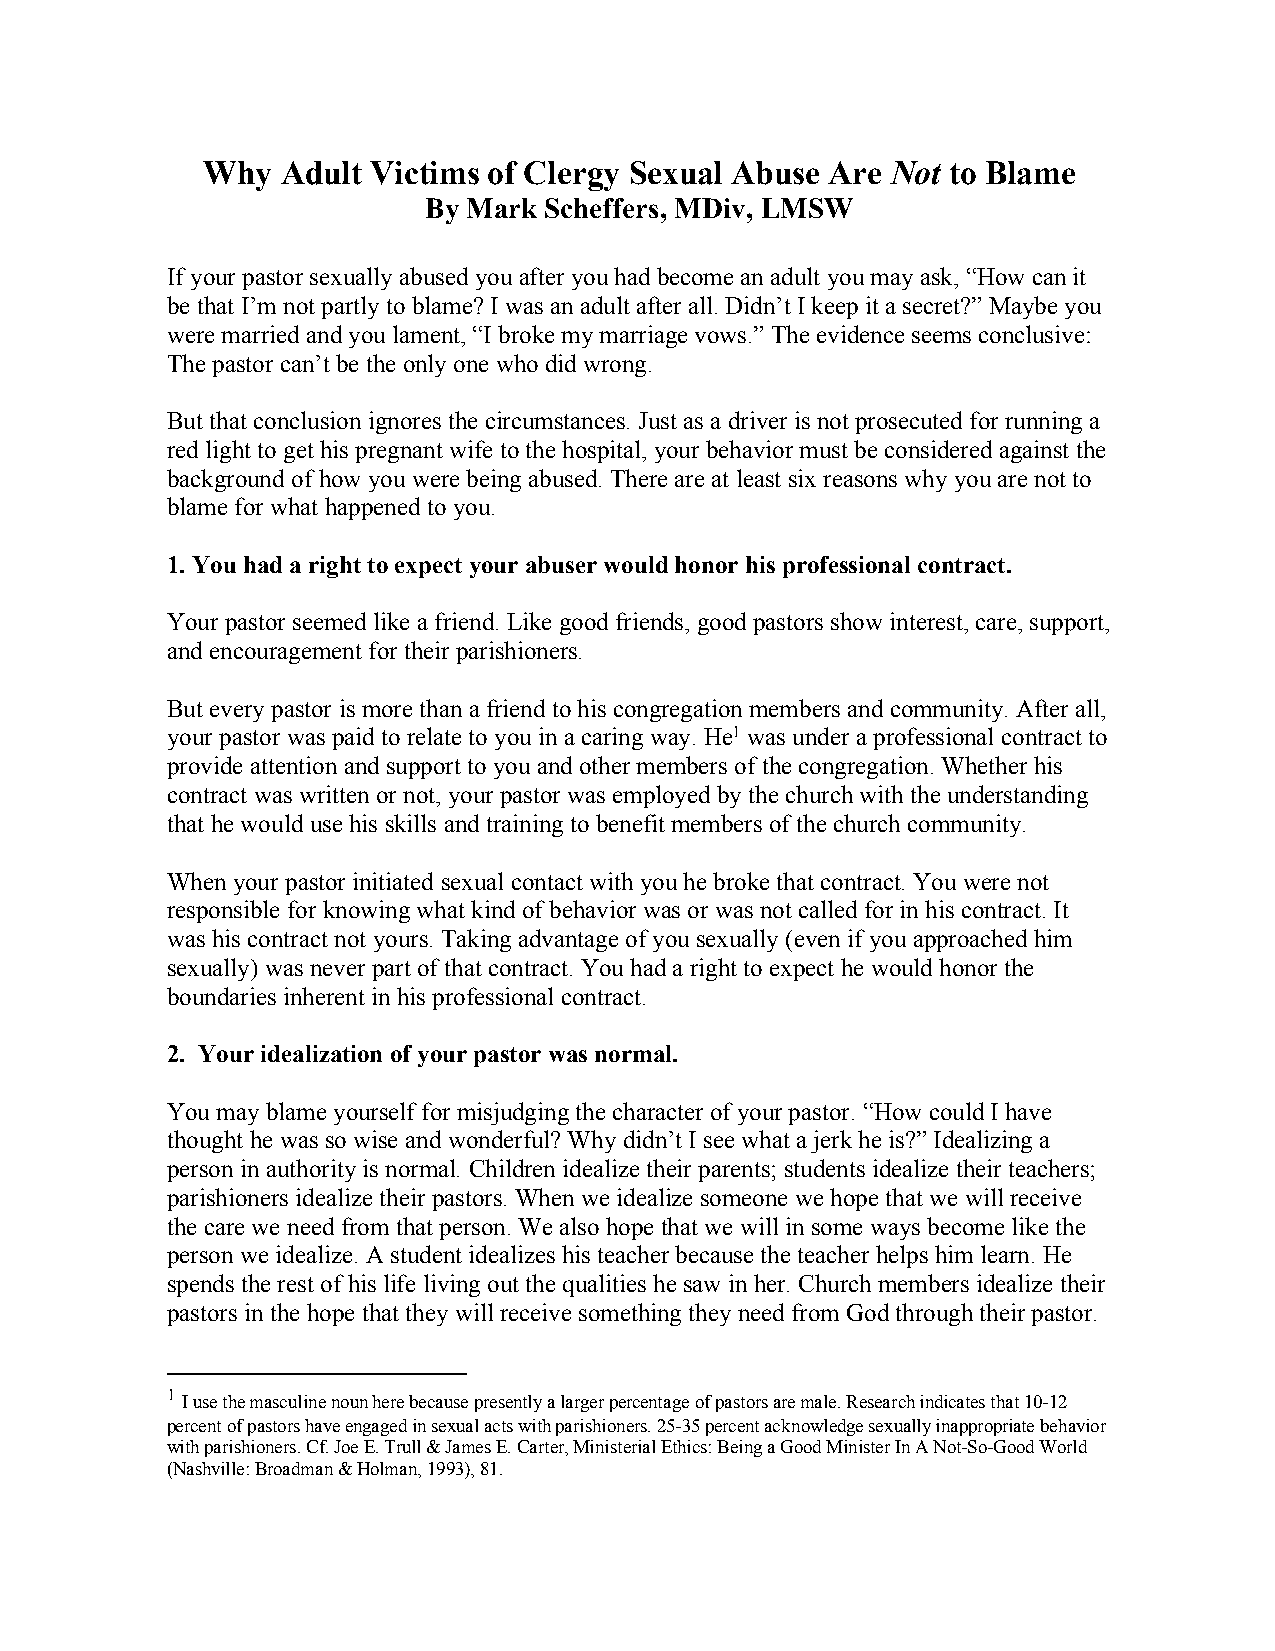
Why   Adult Victims of Clergy Sexual Abuse Are Not to Blame
 By Mark Scheffers, MDiv, LMSW
 If your pastor sexually abused you after you had become an adult you may ask, “How can it
 be that I’m not partly to blame? I was an adult after all. Didn’t I keep it a secret?” Maybe you
 were married and you lament, “I broke my marriage vows.” The evidence seems conclusive:
 The pastor can’t be the only one who did wrong.
 But that conclusion ignores the circumstances. Just as a driver is not prosecuted for running a
 red light to get his pregnant wife to the hospital, your behavior must be considered against the
 background of how you were being abused. There are at least six reasons why you are not to
 blame for what happened to you.
 1. You had a right to expect your abuser would honor his professional contract.
 Your pastor seemed like a friend. Like good friends, good pastors show interest, care, support,
 and encouragement for their parishioners.
 But every pastor is more than a friend to his congregation members and community. After all,
 your pastor was paid to relate to you in a caring way. He1 was under a professional contract to
 provide attention and support to you and other members of the congregation. Whether his
 contract was written or not, your pastor was employed by the church with the understanding
 that he would use his skills and training to benefit members of the church community.
 When your pastor initiated sexual contact with you he broke that contract. You were not
 responsible for knowing what kind of behavior was or was not called for in his contract. It
 was his contract not yours. Taking advantage of you sexually (even if you approached him
 sexually) was never part of that contract. You had a right to expect he would honor the
 boundaries inherent in his professional contract.
 2. Your idealization of your pastor was normal.
 You may blame yourself for misjudging the character of your pastor. “How could I have
 thought he was so wise and wonderful? Why didn’t I see what a jerk he is?” Idealizing a
 person in authority is normal. Children idealize their parents; students idealize their teachers;
 parishioners idealize their pastors. When we idealize someone we hope that we will receive
 the care we need from that person. We also hope that we will in some ways become like the
 person we idealize. A student idealizes his teacher because the teacher helps him learn. He
 spends the rest of his life living out the qualities he saw in her. Church members idealize their
 pastors in the hope that they will receive something they need from God through their pastor.
 1
 I use the masculine noun here because presently a larger percentage of pastors are male. Research indicates that 10-12
 percent of pastors have engaged in sexual acts with parishioners. 25-35 percent acknowledge sexually inappropriate behavior
 with parishioners. Cf. Joe E. Trull & James E. Carter, Ministerial Ethics: Being a Good Minister In A Not-So-Good World
 (Nashville: Broadman & Holman, 1993), 81.